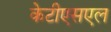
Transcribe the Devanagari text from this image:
केटीएसएल